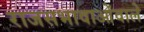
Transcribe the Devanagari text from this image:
राजसभावाओंवाले